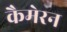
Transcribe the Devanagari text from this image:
कैमेरन